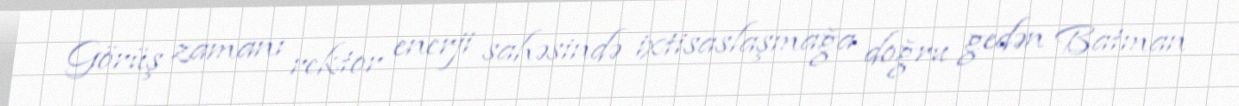
Görüş zamanı rektor enerji sahəsində ixtisaslaşmağa doğru gedən Batman